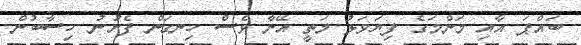
ބައްޕަ އާއި މަންމަގެ ފިޔަވަޅު މަތީ އޭނާ ވެސް ހިނގަން ފެށުނު ހިސާބުން